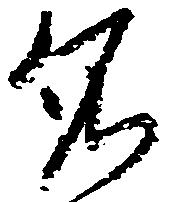
依